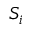
S _ { i }